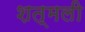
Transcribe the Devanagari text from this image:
शत्मली